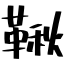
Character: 鞦